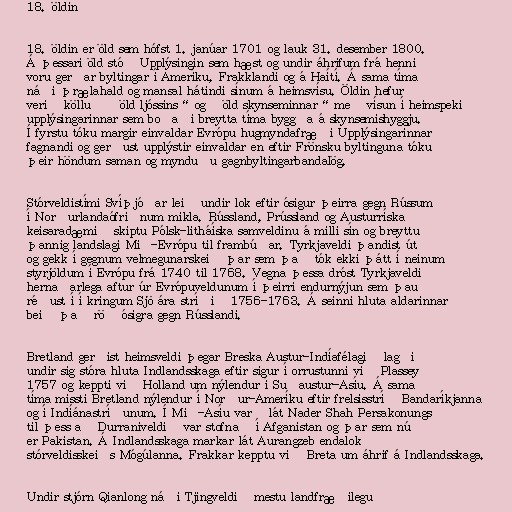
18. öldin

18. öldin er öld sem hófst 1. janúar 1701 og lauk 31. desember 1800.
Á þessari öld stóð Upplýsingin sem hæst og undir áhrifum frá henni
voru gerðar byltingar í Ameríku, Frakklandi og á Haítí. Á sama tíma
náði þrælahald og mansal hátindi sínum á heimsvísu. Öldin hefur
verið kölluð „öld ljóssins“ og „öld skynseminnar“ með vísun í heimspeki
upplýsingarinnar sem boðaði breytta tíma byggða á skynsemishyggju.
Í fyrstu tóku margir einvaldar Evrópu hugmyndafræði Upplýsingarinnar
fagnandi og gerðust upplýstir einvaldar en eftir Frönsku byltinguna tóku
þeir höndum saman og mynduðu gagnbyltingarbandalög.

Stórveldistími Svíþjóðar leið undir lok eftir ósigur þeirra gegn Rússum
í Norðurlandaófriðnum mikla. Rússland, Prússland og Austurríska
keisaradæmið skiptu Pólsk-litháíska samveldinu á milli sín og breyttu
þannig landslagi Mið-Evrópu til frambúðar. Tyrkjaveldi þandist út
og gekk í gegnum velmegunarskeið þar sem það tók ekki þátt í neinum
styrjöldum í Evrópu frá 1740 til 1768. Vegna þessa dróst Tyrkjaveldi
hernaðarlega aftur úr Evrópuveldunum í þeirri endurnýjun sem þau
réðust í í kringum Sjö ára stríðið 1756-1763. Á seinni hluta aldarinnar
beið það röð ósigra gegn Rússlandi.

Bretland gerðist heimsveldi þegar Breska Austur-Indíafélagið lagði
undir sig stóra hluta Indlandsskaga eftir sigur í orrustunni við Plassey
1757 og keppti við Holland um nýlendur í Suðaustur-Asíu. Á sama
tíma missti Bretland nýlendur í Norður-Ameríku eftir frelsisstríð Bandaríkjanna
og í Indíánastríðunum. Í Mið-Asíu varð lát Nader Shah Persakonungs
til þess að Durraniveldið var stofnað í Afganistan og þar sem nú
er Pakistan. Á Indlandsskaga markar lát Aurangzeb endalok
stórveldisskeiðs Mógúlanna. Frakkar kepptu við Breta um áhrif á Indlandsskaga.

Undir stjórn Qianlong náði Tjingveldið mestu landfræðilegu